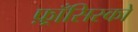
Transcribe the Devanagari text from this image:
फ़्राँसिस्को